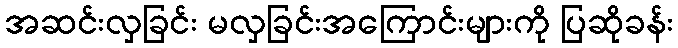
အဆင်းလှခြင်း မလှခြင်းအကြောင်းများကို ပြဆိုခန်း